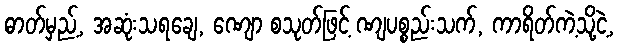
ဓာတ်မှည့်, အဆုံးသရချေ, ဏျော စသုတ်ဖြင့် ဏျပစ္စည်းသက်, ကာရိတ်ကဲ့သို့ငဲ့,